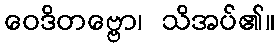
ဝေဒိတဗ္ဗော၊ သိအပ်၏။